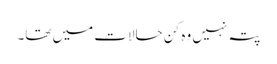
پتہ نہیں وہ کن حالات میں تھا۔